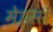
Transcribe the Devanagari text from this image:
मेइसों